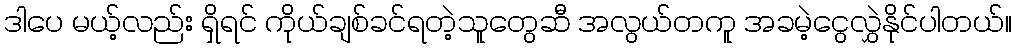
ဒါပေ မယ့်လည်း ရှိရင် ကိုယ်ချစ်ခင်ရတဲ့သူတွေဆီ အလွယ်တကူ အခမဲ့ငွေလွှဲနိုင်ပါတယ်။